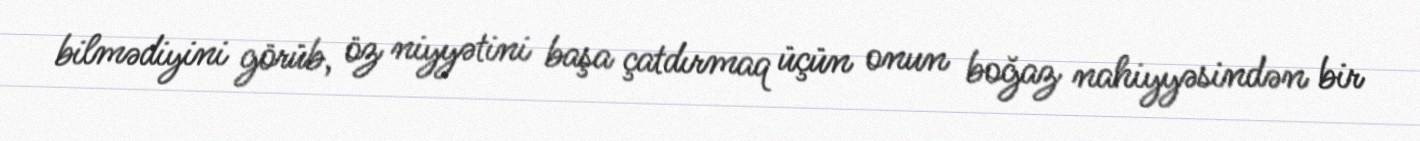
bilmədiyini görüb, öz niyyətini başa çatdırmaq üçün onun boğaz nahiyyəsindən bir